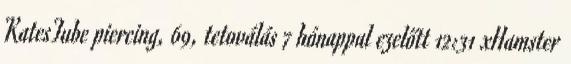
KatesTube piercing, 69, tetoválás 7 hónappal ezelőtt 12:31 xHamster